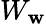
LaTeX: W_{\mathbf{w}}